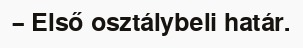
– Első osztálybeli határ.